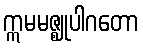
ဣမမဇ္ဈုပါဂတော